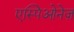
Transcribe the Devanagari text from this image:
एस्पिओनेज़